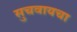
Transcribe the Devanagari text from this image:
सुचवायचा